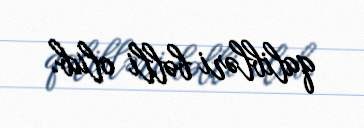
qalibləri bəlli olub.